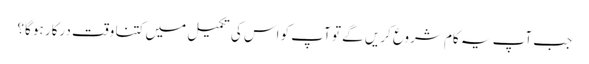
جب آپ یہ کام شروع کریں گے تو آپ کو اس کی تکمیل میں کتنا وقت درکار ہو گا؟